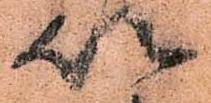
以